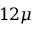
1 2 { \mu }